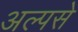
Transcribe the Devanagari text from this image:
अल्पसे